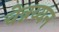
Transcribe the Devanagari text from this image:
चेन्नय्यन